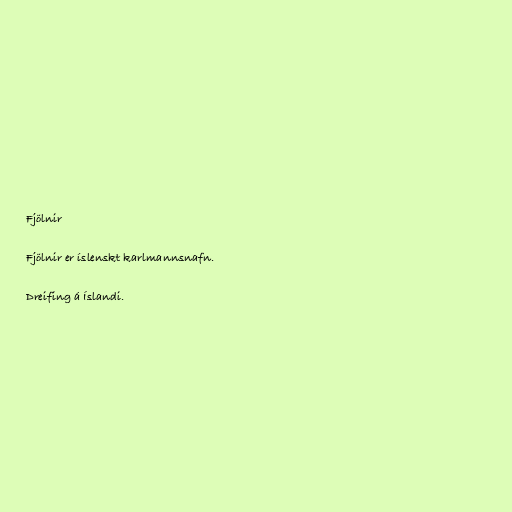
Fjölnir

Fjölnir er íslenskt karlmannsnafn.

Dreifing á Íslandi.